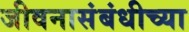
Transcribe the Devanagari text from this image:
जीवनासंबंधीच्या